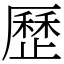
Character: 歷